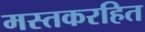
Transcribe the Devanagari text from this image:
मस्तकरहित